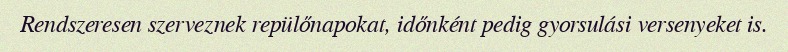
Rendszeresen szerveznek repülőnapokat, időnként pedig gyorsulási versenyeket is.